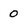
Character: 0